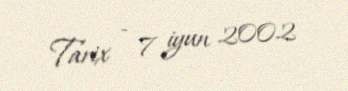
Tarix - 7 iyun 2002